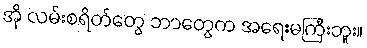
အို လမ်းစရိတ်တွေ ဘာတွေက အရေးမကြီးဘူး။